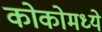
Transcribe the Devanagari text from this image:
कोकोमध्ये